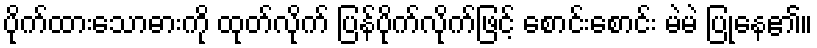
ပိုက်ထားသောဓားကို ထုတ်လိုက် ပြန်ပိုက်လိုက်ဖြင့် စောင်းစောင်း မဲမဲ ပြုနေ၏။